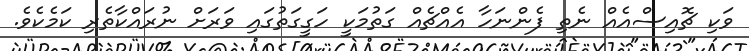
ވަކި ޗޮއިސްއެއް ނެތި ފެންނަހާ އެއްޗެއް ގަތުމަކީ ހަގީގަތުގައި ވަރަށް ނުރައްކާތެރި ކަމެކެވެ.